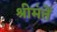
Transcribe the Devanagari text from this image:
श्रीमंतें